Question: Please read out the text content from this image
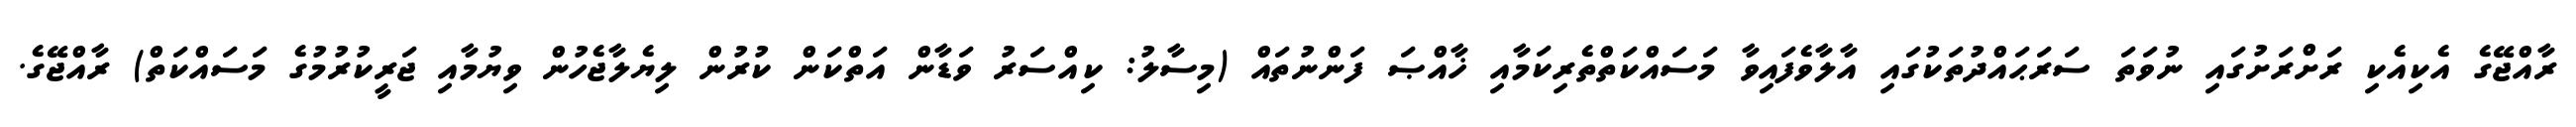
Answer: ރާއްޖޭގެ އެކިއެކި ރަށްރަށުގައި ނުވަތަ ސަރަޙައްދުތަކުގައި އާލާވެފައިވާ މަސައްކަތްތެރިކަމާއި ޚާއްޞަ ފަންނުތައް (މިސާލު: ކިއްސަރު ވަޑާން އަތްކަން ކުރުން ލިޔެލާޖެހުން ވިޔުމާއި ޖަރީކުރުމުގެ މަސައްކަތް) ރާއްޖޭގެ.